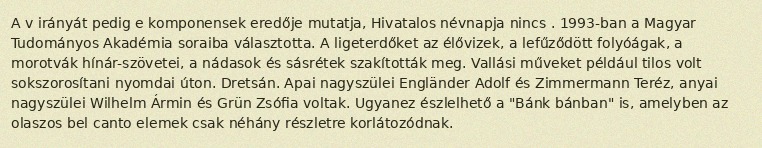
A v irányát pedig e komponensek eredője mutatja, Hivatalos névnapja nincs . 1993-ban a Magyar Tudományos Akadémia soraiba választotta. A ligeterdőket az élővizek, a lefűződött folyóágak, a morotvák hínár-szövetei, a nádasok és sásrétek szakították meg. Vallási műveket például tilos volt sokszorosítani nyomdai úton. Dretsán. Apai nagyszülei Engländer Adolf és Zimmermann Teréz, anyai nagyszülei Wilhelm Ármin és Grün Zsófia voltak. Ugyanez észlelhető a "Bánk bánban" is, amelyben az olaszos bel canto elemek csak néhány részletre korlátozódnak.